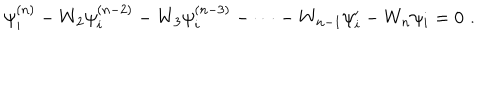
LaTeX: \psi _ { i } ^ { ( n ) } - W _ { 2 } \psi _ { i } ^ { ( n - 2 ) } - W _ { 3 } \psi _ { i } ^ { ( n - 3 ) } - \dots - W _ { n - 1 } \psi _ { i } ^ { \prime } - W _ { n } \psi _ { i } = 0 \, \, .